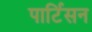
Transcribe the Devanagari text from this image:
पार्टिसन